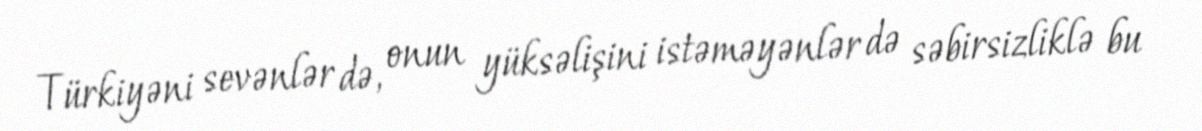
Türkiyəni sevənlər də, onun yüksəlişini istəməyənlər də səbirsizliklə bu